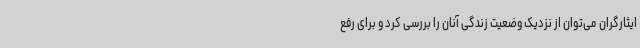
ایثارگران می‌توان از نزدیک وضعیت زندگی آنان را بررسی کرد و برای رفع